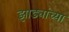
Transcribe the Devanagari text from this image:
झाड्यांच्या